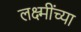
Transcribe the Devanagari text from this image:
लक्ष्मींच्या